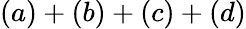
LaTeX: (a)+(b)+(c)+(d)